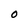
Character: O